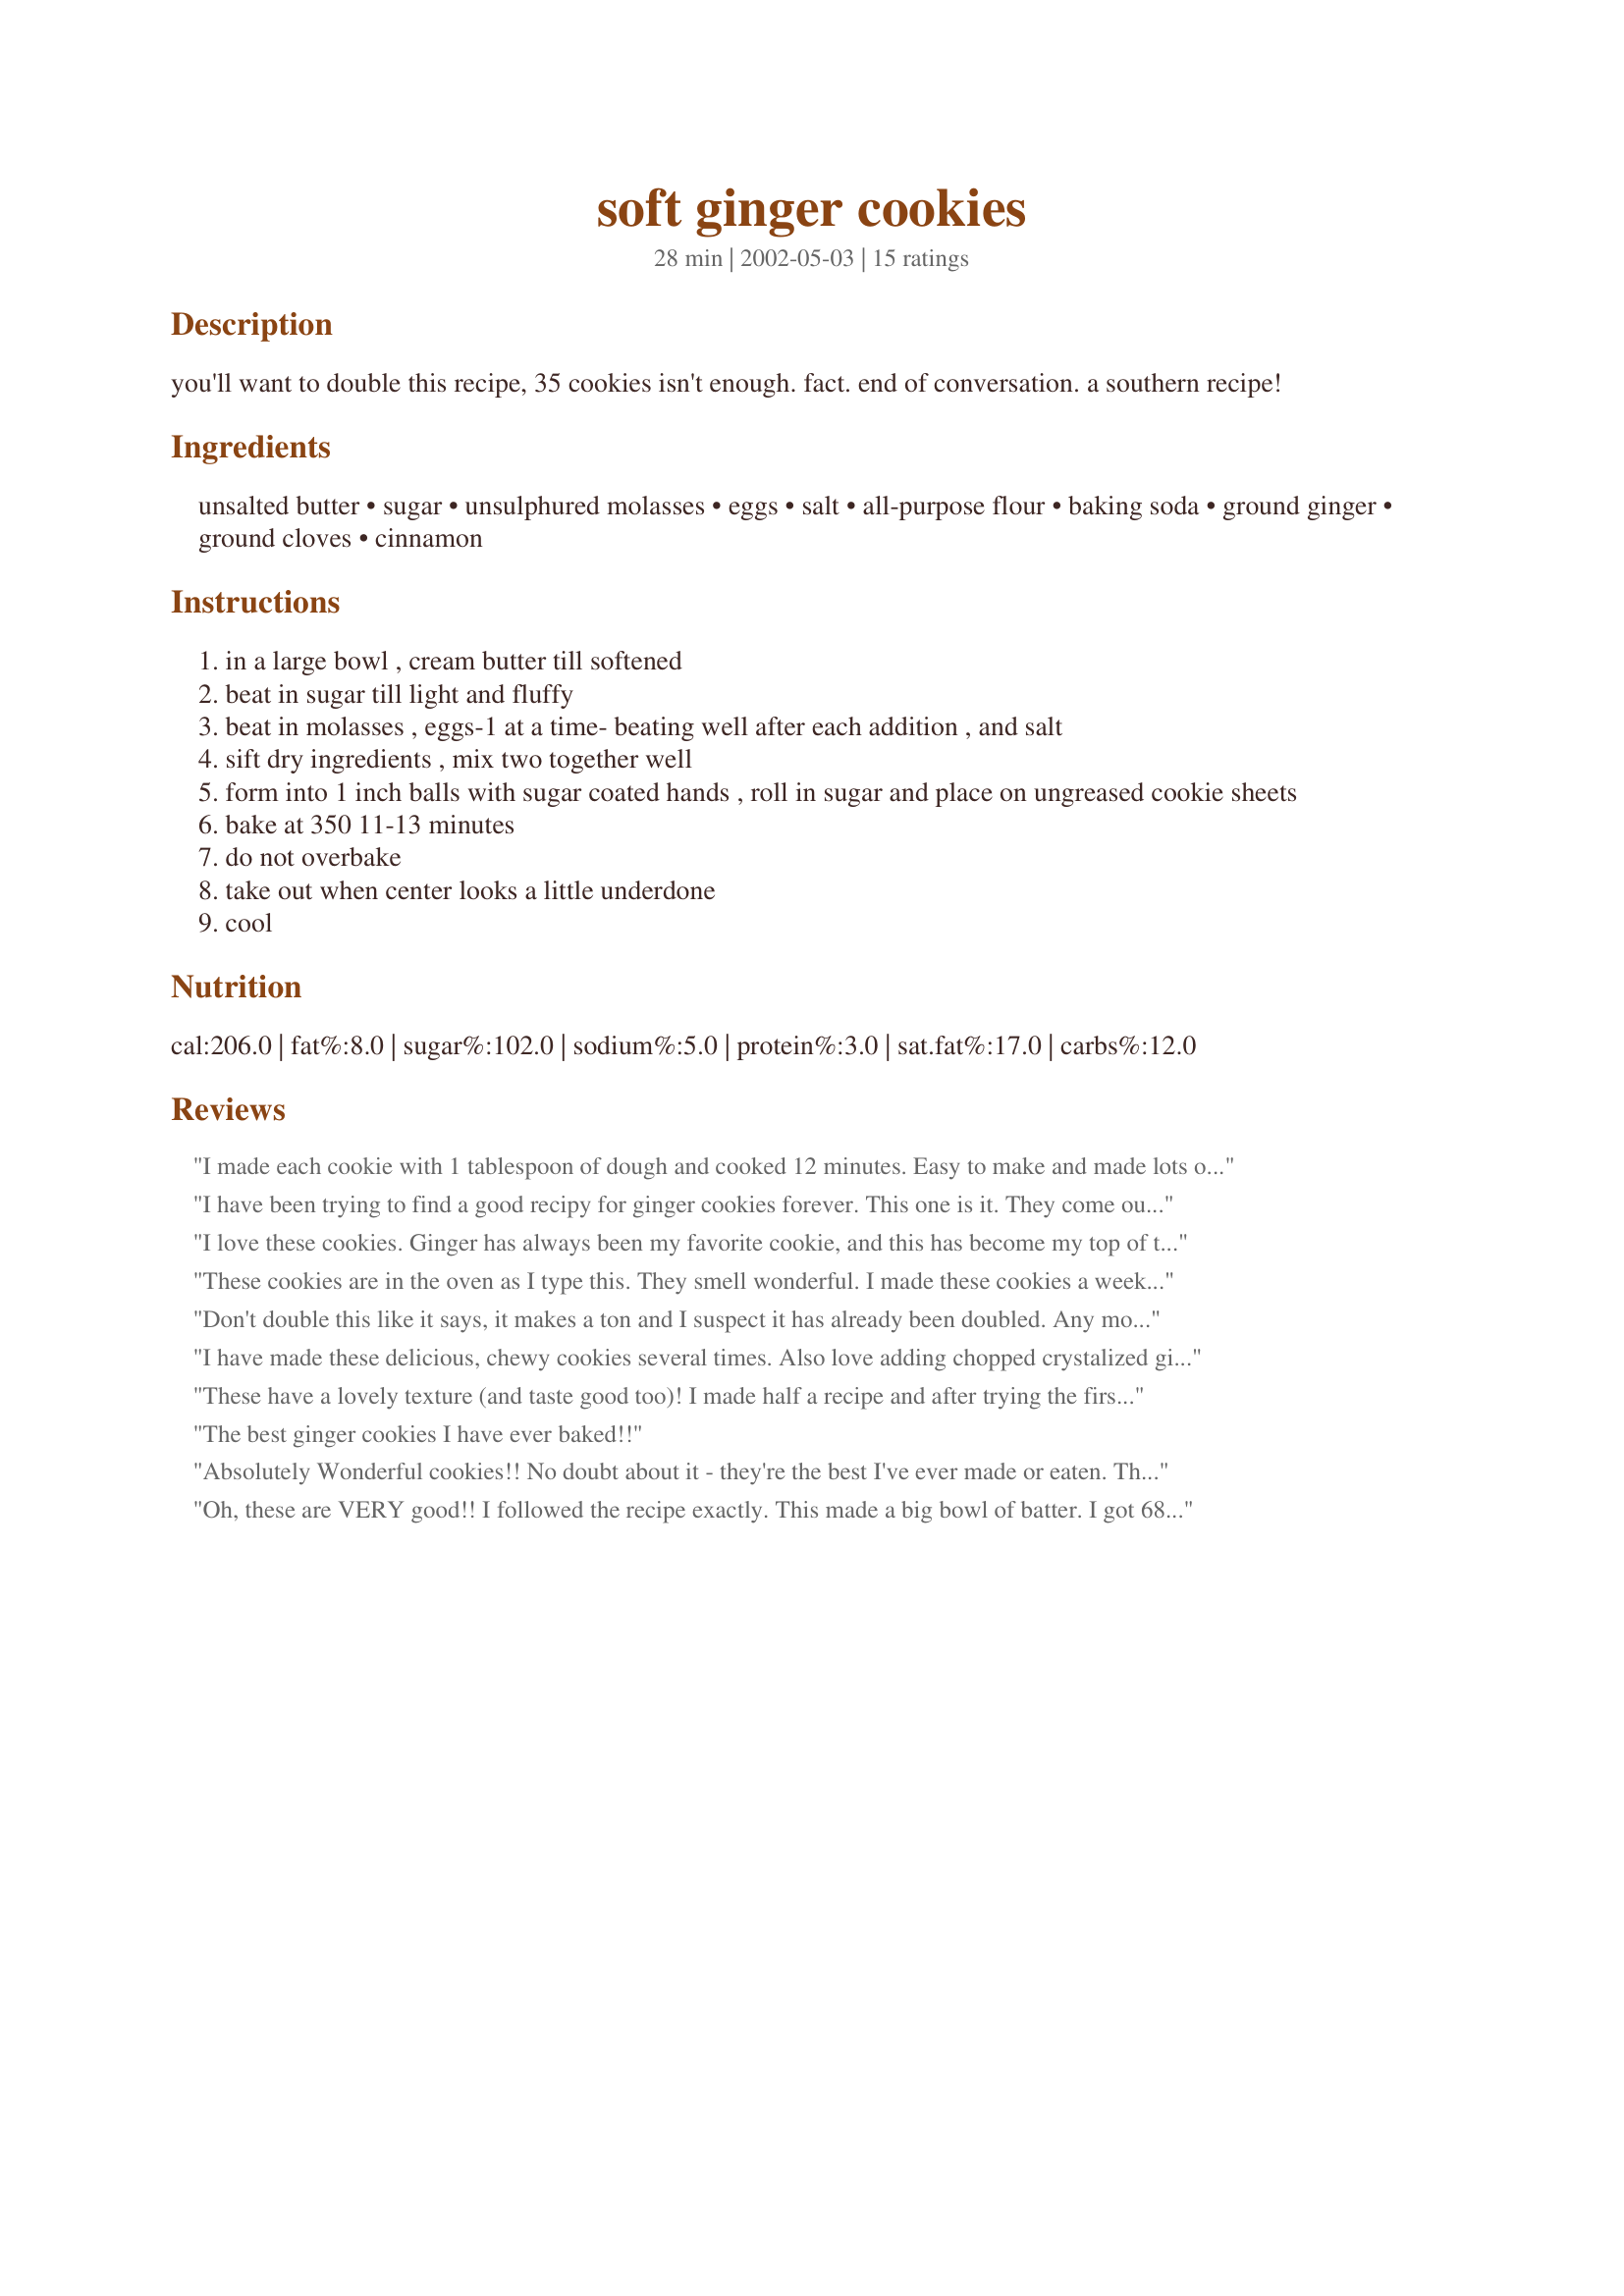
soft ginger cookies
Preparation time: 28 minutes

you'll want to double this recipe, 35 cookies isn't enough. fact. end of conversation. a southern recipe!

Ingredients:
unsalted butter, sugar, unsulphured molasses, eggs, salt, all-purpose flour, baking soda, ground ginger, ground cloves, cinnamon

Steps:
in a large bowl , cream butter till softened
beat in sugar till light and fluffy
beat in molasses , eggs-1 at a time- beating well after each addition , and salt
sift dry ingredients , mix two together well
form into 1 inch balls with sugar coated hands , roll in sugar and place on ungreased cookie sheets
bake at 350 11-13 minutes
do not overbake
take out when center looks a little underdone
cool

Reviews:
I made each cookie with 1 tablespoon of dough and cooked 12 minutes. Easy to make and made lots of cookies. Very tasty
I have been trying to find a good recipy for ginger cookies forever. This one is it. They come out extemely well. Don't double this! It was too much for my kitchen-aid! I made 128 cookies from this by making them half inch balls of dough and reducing the baking time to nine minutes.
I love these cookies. Ginger has always been my favorite cookie, and this has become my top of the list cookie. Thnx for posting this wonderful recipe.
These cookies are in the oven as I type this. They smell wonderful. I made these cookies a week ago and I had some mixture left and decided to bake the rest today. The family loved these cookies and they are much better than the store bought ginger snaps. Thanks for sharing!
Don't double this like it says, it makes a ton and I suspect it has already been doubled. Any more and the Kitchen Aid couldn't have mixed them. Just what I was looking for--very sweet, but very god and lovely crinkly tops.
I have made these delicious, chewy cookies several times. Also love adding chopped crystalized ginger to the recipe. I am getting ready to make these again for Christmas. Thanks again Sharon.
These have a lovely texture (and taste good too)! I made half a recipe and after trying the first ones out opted to not roll any more in sugar.
The best ginger cookies I have ever baked!!
Absolutely Wonderful cookies!!

No doubt about it - they're the best I've ever made or eaten.

Thanks for sharing.

Sincerely,

Laudee
Oh, these are VERY good!! I followed the recipe exactly. This made a big bowl of batter. I got 68 cookies out of this, and they're big cookies too. So, I don't think I would double the recipe. They taste heavenly, just a bit crisp outside, and the inside is ooohy, chewy, really delicious. These will definitely get made again! Thanks for the recipe!! :-)
I made these cookies for my whole family and they absolutely loved them. We started giving them out to all of the relatives and they all now want the recipe! Thank you so much. This is our new favorite cookie!!
I tried this recipe and it is like eating candy, way too much sugar.
Delicious, chewy cookies. I rolled them in demerrara sugar, so the crystals are nice and big. I doubled the recipe, and I have some of the dough in the fridge so I can just whip up some cookies whenever the occasion warrants it! I did find that the dough behaves much better if it is cold when worked with, otherwise it is way too sticky to roll. Thanks for a great ginger cookie that is *not* crunchy!
I don't know how you get only 35 cookies out of this recipe, if you roll them 1". I cut the recipe in half, and still got 64 cookies. I upped the ginger some, but overall a delicious cookie - it's become a family favorite!
I have made these the last 2 years for Christmas. They are just delicious. Thanks for a great recipe.
